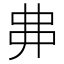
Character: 丳